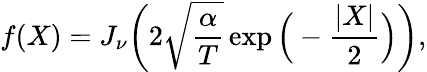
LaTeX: f(X)=J_{\nu}\bigg(2\sqrt{\frac{\alpha}{T}}\exp\Big(-\frac{|X|}{2}\Big)\bigg),